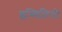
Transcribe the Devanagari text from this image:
इस्थितियो